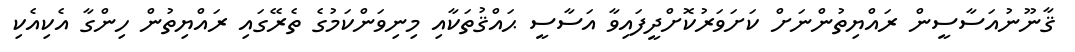
ޤާނޫނުއަސާސީން ރައްޔިތުންނަށް ކަށަވަރުކޮށްދީފައިވާ އަސާސީ ޙައްޤުތަކާއި މިނިވަންކަމުގެ ތެރޭގައި ރައްޔިތުން ހިންގާ އެކިއެކި